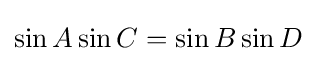
\sin A\sin C=\sin B\sin D